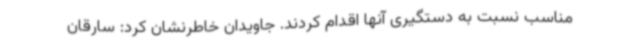
مناسب نسبت به دستگیری آنها اقدام کردند. جاویدان خاطرنشان کرد: سارقان